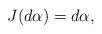
LaTeX: \begin{align*}J(d\alpha)=d\alpha,\end{align*}